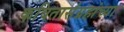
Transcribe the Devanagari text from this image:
कवितासंग्रहांच्या